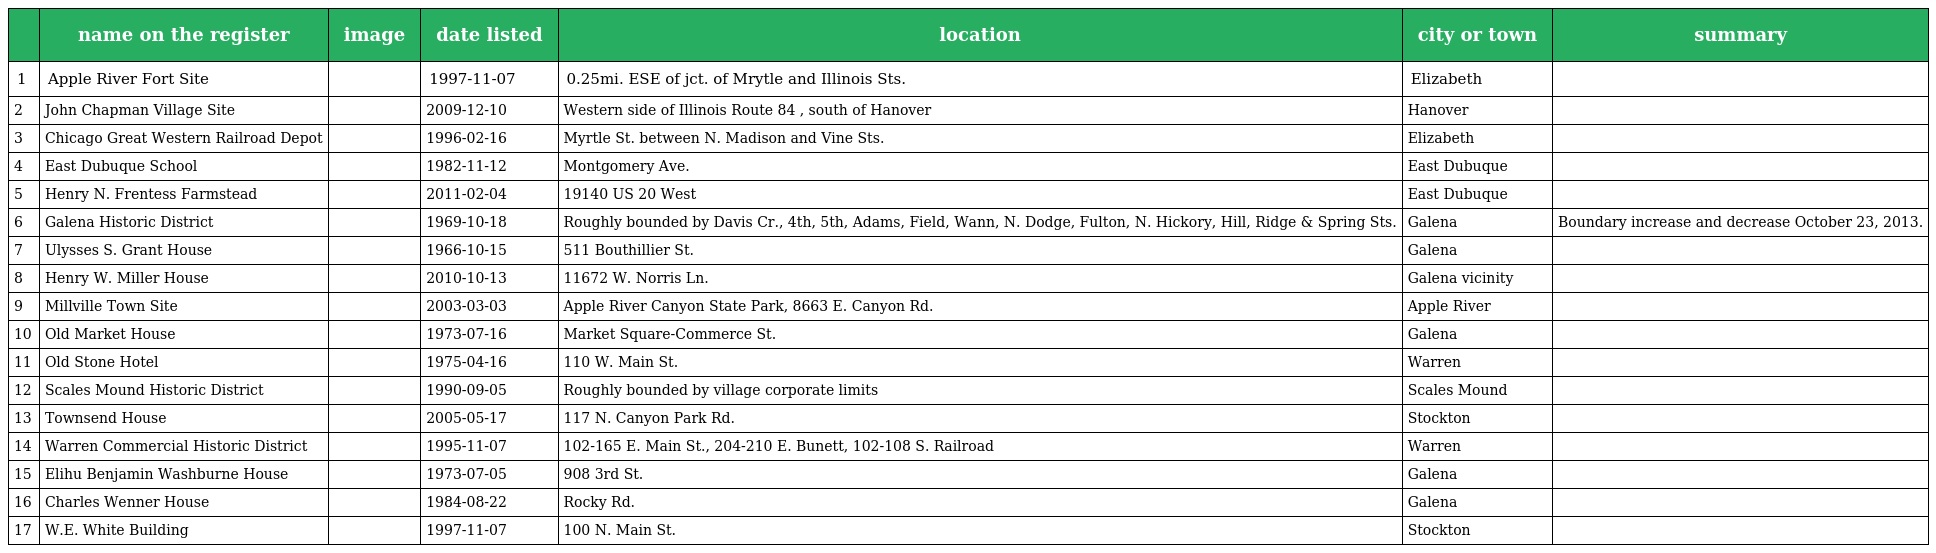
|  | name on the register | image | date listed | location | city or town | summary |
 | --- | --- | --- | --- | --- | --- | --- |
 | 1 | Apple River Fort Site |  | 1997-11-07 | 0.25mi. ESE of jct. of Mrytle and Illinois Sts. | Elizabeth |  |
 | 2 | John Chapman Village Site |  | 2009-12-10 | Western side of Illinois Route 84 , south of Hanover | Hanover |  |
 | 3 | Chicago Great Western Railroad Depot |  | 1996-02-16 | Myrtle St. between N. Madison and Vine Sts. | Elizabeth |  |
 | 4 | East Dubuque School |  | 1982-11-12 | Montgomery Ave. | East Dubuque |  |
 | 5 | Henry N. Frentess Farmstead |  | 2011-02-04 | 19140 US 20 West | East Dubuque |  |
 | 6 | Galena Historic District |  | 1969-10-18 | Roughly bounded by Davis Cr., 4th, 5th, Adams, Field, Wann, N. Dodge, Fulton, N. Hickory, Hill, Ridge & Spring Sts. | Galena | Boundary increase and decrease October 23, 2013. |
 | 7 | Ulysses S. Grant House |  | 1966-10-15 | 511 Bouthillier St. | Galena |  |
 | 8 | Henry W. Miller House |  | 2010-10-13 | 11672 W. Norris Ln. | Galena vicinity |  |
 | 9 | Millville Town Site |  | 2003-03-03 | Apple River Canyon State Park, 8663 E. Canyon Rd. | Apple River |  |
 | 10 | Old Market House |  | 1973-07-16 | Market Square-Commerce St. | Galena |  |
 | 11 | Old Stone Hotel |  | 1975-04-16 | 110 W. Main St. | Warren |  |
 | 12 | Scales Mound Historic District |  | 1990-09-05 | Roughly bounded by village corporate limits | Scales Mound |  |
 | 13 | Townsend House |  | 2005-05-17 | 117 N. Canyon Park Rd. | Stockton |  |
 | 14 | Warren Commercial Historic District |  | 1995-11-07 | 102-165 E. Main St., 204-210 E. Bunett, 102-108 S. Railroad | Warren |  |
 | 15 | Elihu Benjamin Washburne House |  | 1973-07-05 | 908 3rd St. | Galena |  |
 | 16 | Charles Wenner House |  | 1984-08-22 | Rocky Rd. | Galena |  |
 | 17 | W.E. White Building |  | 1997-11-07 | 100 N. Main St. | Stockton |  |